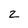
Character: z